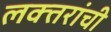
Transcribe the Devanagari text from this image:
लक्‍तरांची